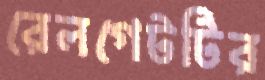
রেলগেটটির